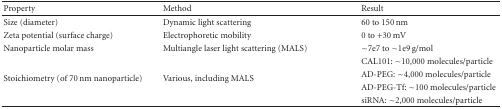
| Property | Method | Result |
 | --- | --- | --- |
 | Size (diameter) | Dynamic light scattering | 60 to 150 nm |
 | Zeta potential (surface charge) | Electrophoretic mobility | 0 to +30 mV |
 | Nanoparticle molar mass | Multiangle laser light scattering (MALS) | ~7e7 to ~1e9 g/mol |
 | <ROWSPAN=4> Stoichiometry (of 70 nm nanoparticle) | <ROWSPAN=4> Various, including MALS | CAL101: ~10,000 molecules/particle |
 | AD-PEG: ~4,000 molecules/particle |
 | AD-PEG-Tf: ~100 molecules/particle |
 | siRNA: ~2,000 molecules/particle |